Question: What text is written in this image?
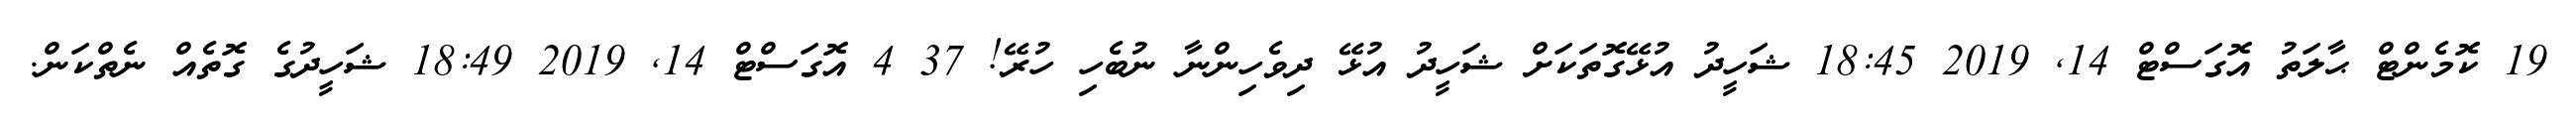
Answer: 19 ކޮމެންޓް ޙާލަތު އޮގަސްޓް 14, 2019 18:45 ޝަހީދު އުޅޭގޮތަކަށް ޝަހީދު އުޅޭ ދިވެހިންނާ ނުބެހި ހުރޭ! 37 4 އޮގަސްޓް 14, 2019 18:49 ޝަހީދުގެ ގޮތެއް ނެތްކަން.